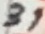
Text: 31